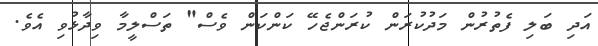
އަދި ބަލި ފެތުރުން މަދުކުރަން ކުރަންޖެހޭ ކަންކަން ވެސް" ތަސްލީމާ ވިދާޅުވި އެވެ.